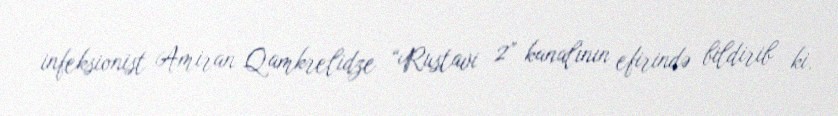
infeksionist Amiran Qamkrelidze “Rustavi 2” kanalının efirində bildirib ki,